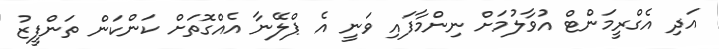
އަދި އެގްރީމަންޓް އުވާލުމަށް ނިންމާފައި ވަނީ އެ ޕްލޭނާ އެއްގޮތަށް ކަންކަން ތަންފީޒު